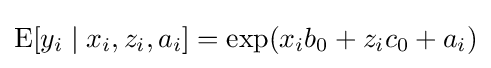
\operatorname {E} [y_{i}\mid x_{i},z_{i},a_{i}]=\exp(x_{i}b_{0}+z_{i}c_{0}+a_{i})